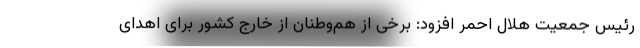
رئیس جمعیت هلال احمر افزود: برخی از هم‌وطنان از خارج کشور برای اهدای